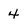
Character: 4